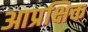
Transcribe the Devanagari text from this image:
आप्रक्षिक